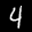
Label: 4